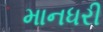
માનધરી